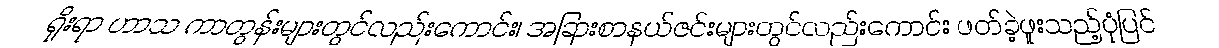
ရိုးရာ ဟာသ ကာတွန်းများတွင်လည်းကောင်း၊ အခြားစာနယ်ဇင်းများတွင်လည်းကောင်း ဖတ်ခဲ့ဖူးသည့်ပုံပြင်